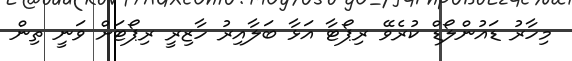
މިހާރު ޑައުންލޯޑް ކުރެވޭ ރިޕޯޓާ އަޅާ ބަލާއިރު ހާޒިރީ ރިޕޯޓަށް ވަނީ ތިން